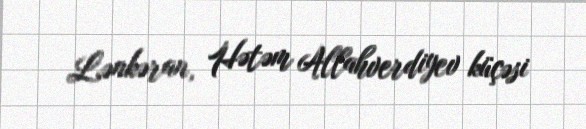
Lənkəran, Hətəm Allahverdiyev küçəsi